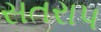
સતરાપ